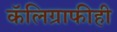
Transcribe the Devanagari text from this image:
कॅलिग्राफीही